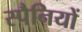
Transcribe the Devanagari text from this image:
स्पैनियों